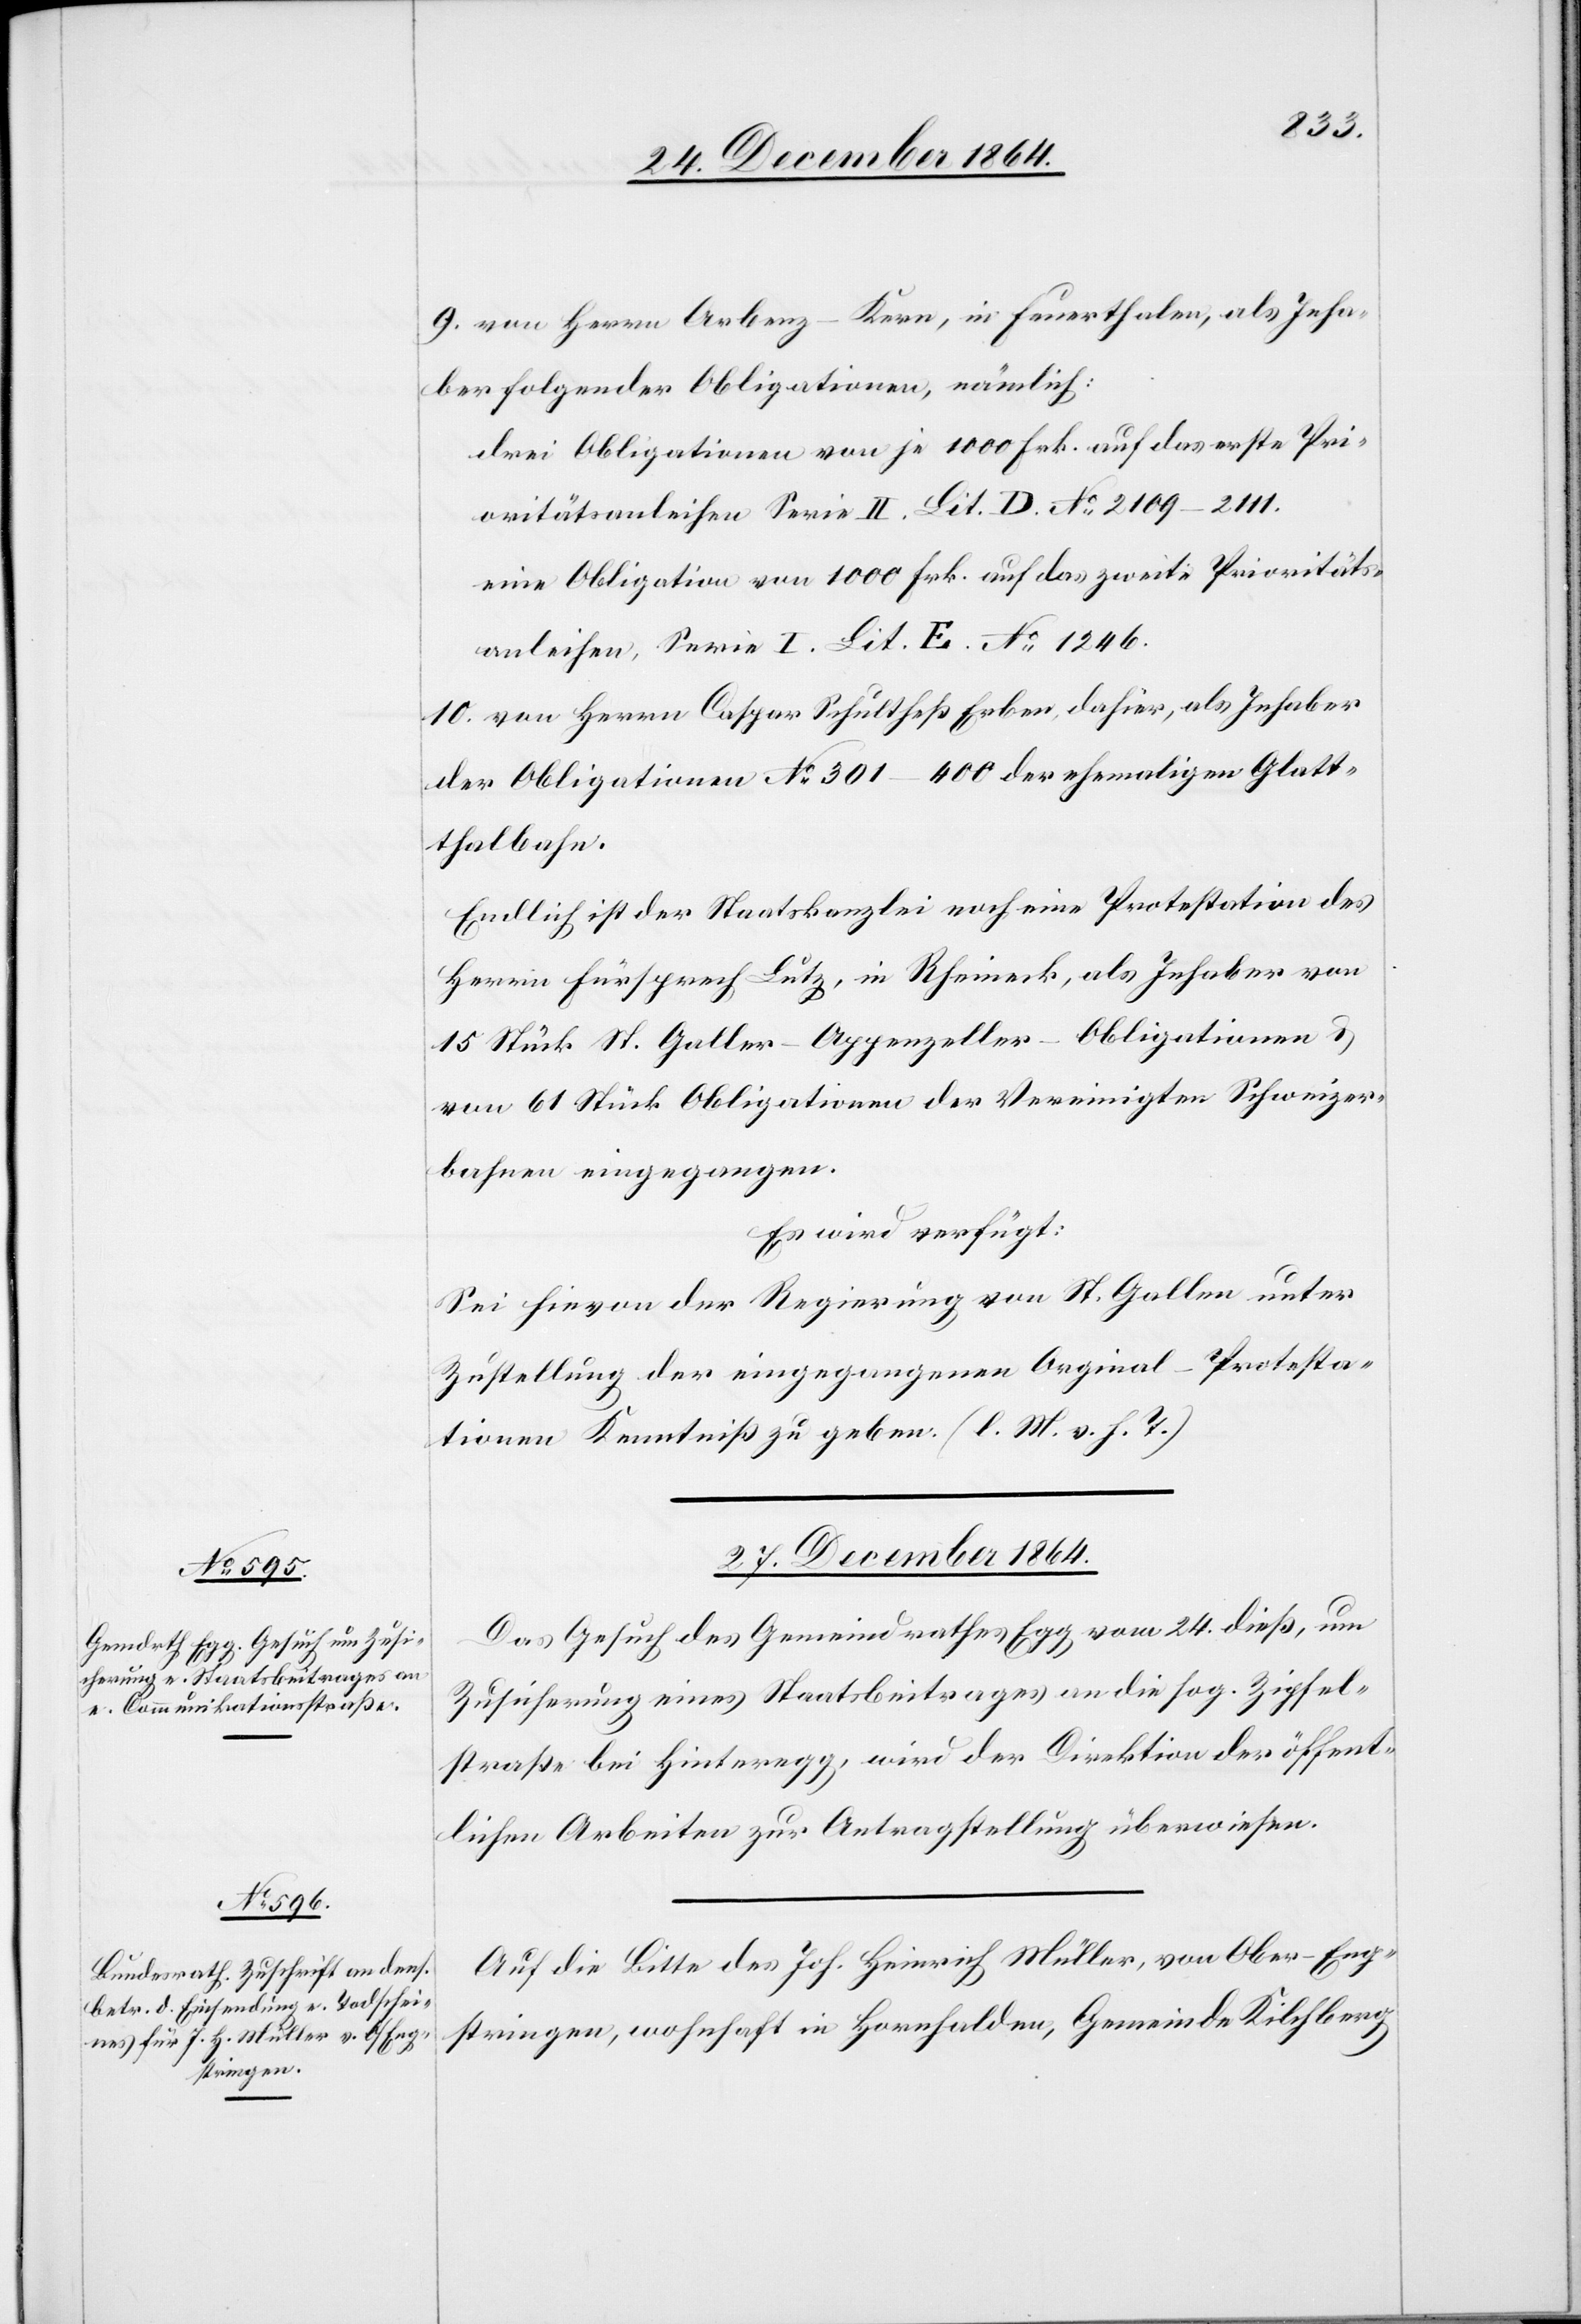
9. von Herrn Arbenz-Kern, in Feuerthalen, als Inha¬
ber folgender Obligationen, nämlich:
drei Obligationen von je 1000 Frk. auf das erste Pri¬
oritätsanleihen Serie II. Lit D. No 2109–2111.
eine Obligation von 1000 Frk. auf das zweite Prioritäts¬
anleihen, Serie I. Lit. E. No 1246.
10. von Herrn Caspar Schultheß Erben, dahier, als Inhaber
der Obligationen No 301–400 der ehemaligen Glat¬
thalbahn.
Endlich ist der Staatskanzlei noch eine Protestation des
Herrn Fürsprech Lutz, in Rheineck, als Inhaber von
15 Stück St. Galler-Appenzeller-Obligationen &
von 61 Stück Obligationen der Vereinigten Schweizer¬
bahnen eingegangen.
Es wird verfügt:
Sei hievon der Regierung von St. Gallen unter
Zustellung der eingegangenen Original-Protesta¬
tionen Kenntniß zu geben. (l. M. v. h. T.)
27. December 1864.]
Das Gesuch des Gemeindrathes Egg vom 24. dieß, um
Zusicherung eines Staatsbeitrages an die sog. Zipfel¬
straße bei Hinteregg, wird der Direktion der öffent¬
lichen Arbeiten zur Antragstellung überwiesen.
Auf die Bitte des Joh. Heinrich Müller, von Ober-Eng¬
stringen, wohnhaft in Hornhalden, Gemeinde Kilchberg